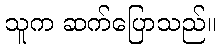
သူက ဆက်ပြောသည်။